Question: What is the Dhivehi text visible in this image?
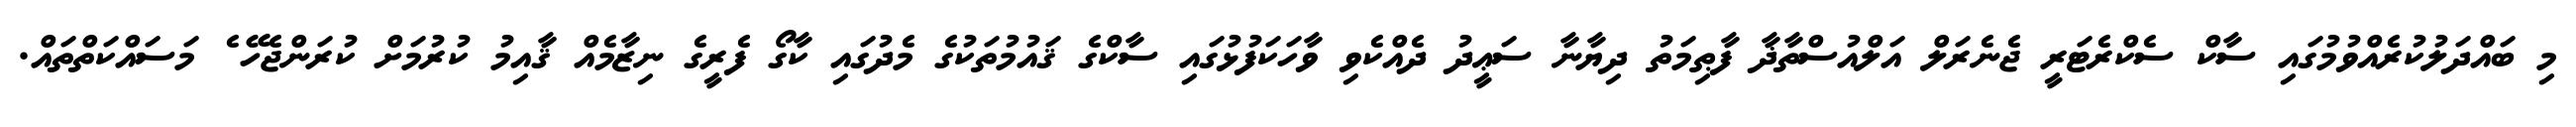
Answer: މި ބައްދަލުކުރެއްވުމުގައި ސާކް ސެކްރެޓަރީ ޖެނެރަލް އަލްއުސްތާޛާ ފާޠިމަތު ދިޔާނާ ސަޢީދު ދެއްކެވި ވާހަކަފުޅުގައި ސާކްގެ ޤައުމުތަކުގެ މެދުގައި ކާގޯ ފެރީގެ ނިޒާމެއް ޤާއިމު ކުރުމަށް ކުރަންޖެހޭ ެ މަސައްކަތްތައް.